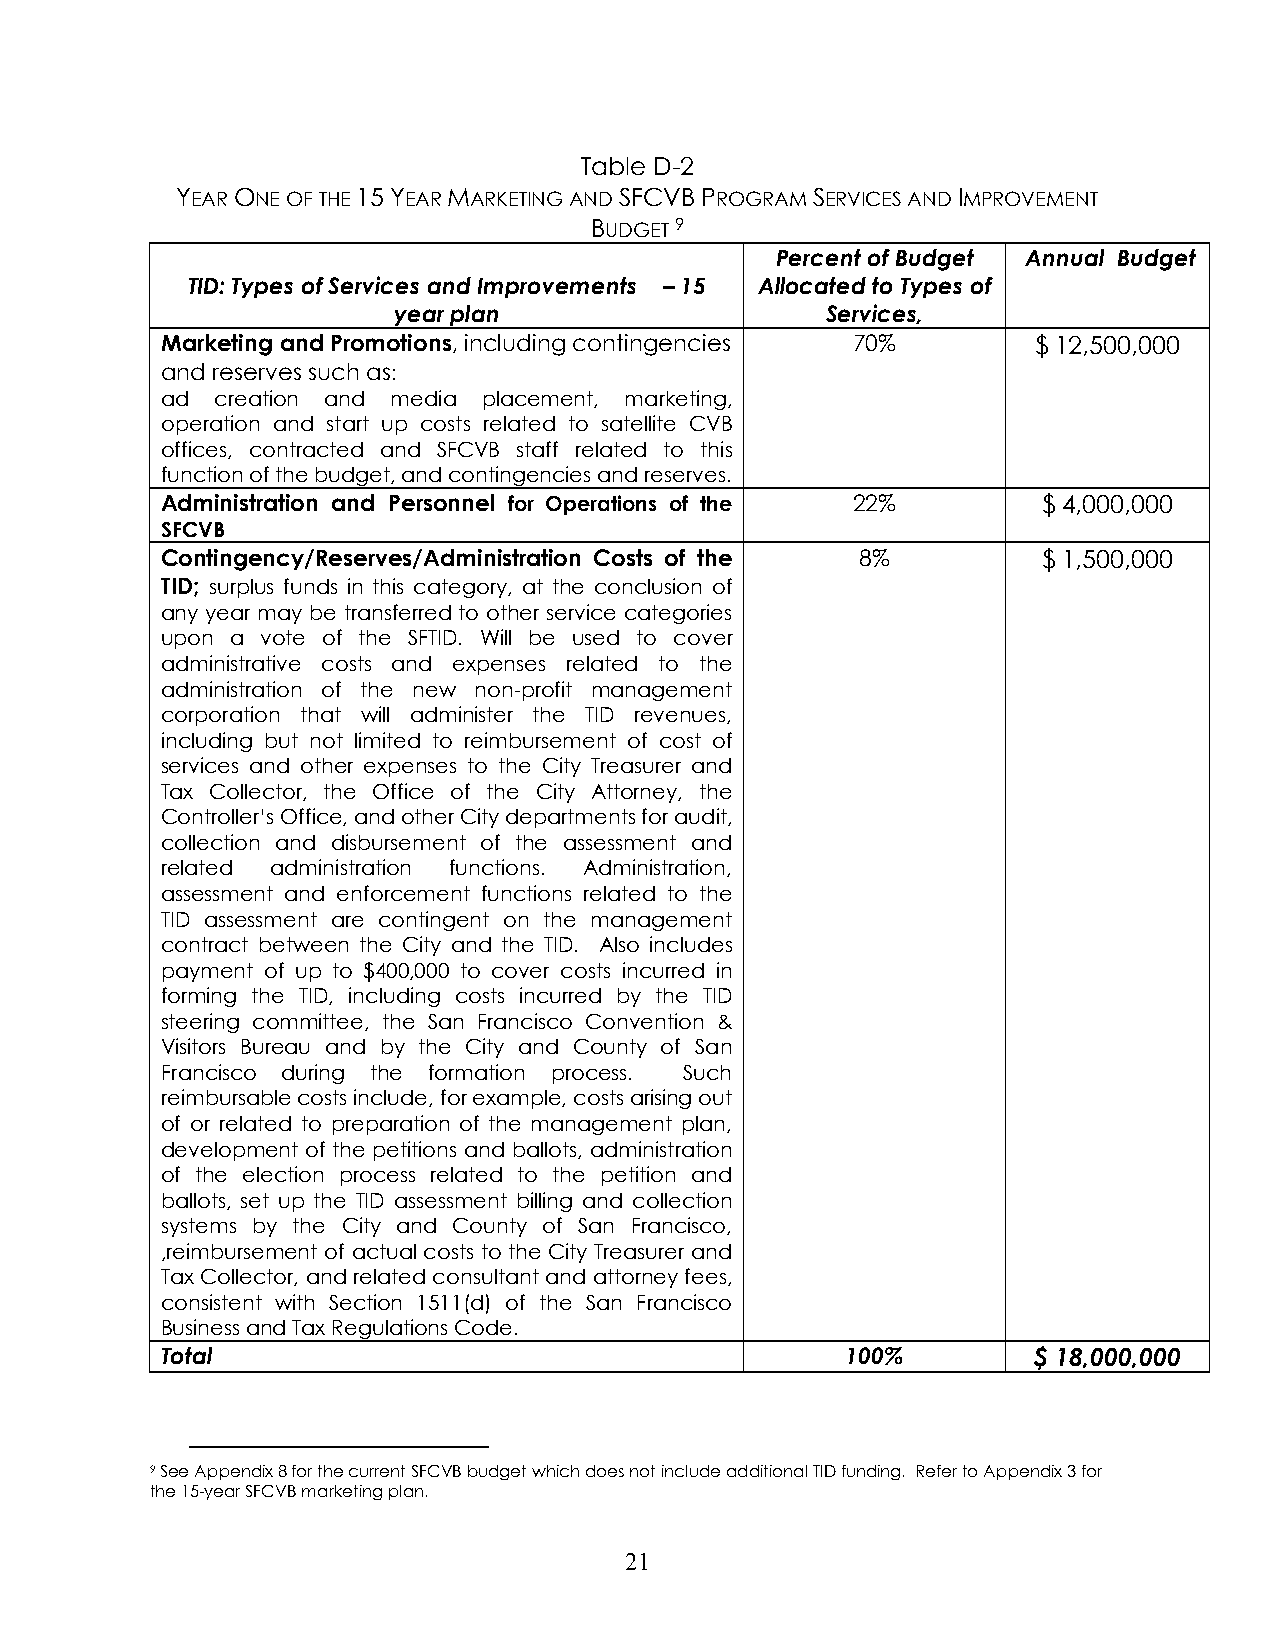
Table D-2
 YEAR ONE OF THE 15 YEAR MARKETING AND SFCVB PROGRAM SERVICES AND IMPROVEMENT
 BUDGET 9
 Percent of Budget Annual Budget
 TID: Types of Services and Improvements – 15 Allocated to Types of
 year plan                    Services,
 Marketing and Promotions, including contingencies 70%     $ 12,500,000
 and reserves such as:
 ad creation and media placement, marketing,
 operation and start up costs related to satellite CVB
 offices, contracted and SFCVB staff related to this
 function of the budget, and contingencies and reserves.
 Administration and Personnel for Operations of the 22%    $ 4,000,000
 SFCVB
 Contingency/Reserves/Administration Costs of the 8%       $ 1,500,000
 TID; surplus funds in this category, at the conclusion of
 any year may be transferred to other service categories
 upon a vote of the SFTID. Will be used to cover
 administrative costs and expenses related to the
 administration of the new non-profit management
 corporation that will administer the TID revenues,
 including but not limited to reimbursement of cost of
 services and other expenses to the City Treasurer and
 Tax Collector, the Office of the City Attorney, the
 Controller’s Office, and other City departments for audit,
 collection and disbursement of the assessment and
 related administration functions. Administration,
 assessment and enforcement functions related to the
 TID assessment are contingent on the management
 contract between the City and the TID. Also includes
 payment of up to $400,000 to cover costs incurred in
 forming the TID, including costs incurred by the TID
 steering committee, the San Francisco Convention &
 Visitors Bureau and by the City and County of San
 Francisco during the formation process. Such
 reimbursable costs include, for example, costs arising out
 of or related to preparation of the management plan,
 development of the petitions and ballots, administration
 of the election process related to the petition and
 ballots, set up the TID assessment billing and collection
 systems by the City and County of San Francisco,
 ,reimbursement of actual costs to the City Treasurer and
 Tax Collector, and related consultant and attorney fees,
 consistent with Section 1511(d) of the San Francisco
 Business and Tax Regulations Code.
 Total                                        100%        $ 18,000,000
 9 See Appendix 8 for the current SFCVB budget which does not include additional TID funding. Refer to Appendix 3 for
 the 15-year SFCVB marketing plan.
 21